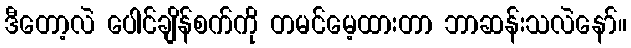
ဒီတော့လဲ ပေါင်ချိန်စက်ကို တမင်မေ့ထားတာ ဘာဆန်းသလဲနော်။